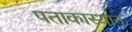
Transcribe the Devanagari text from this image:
पताकास्थान